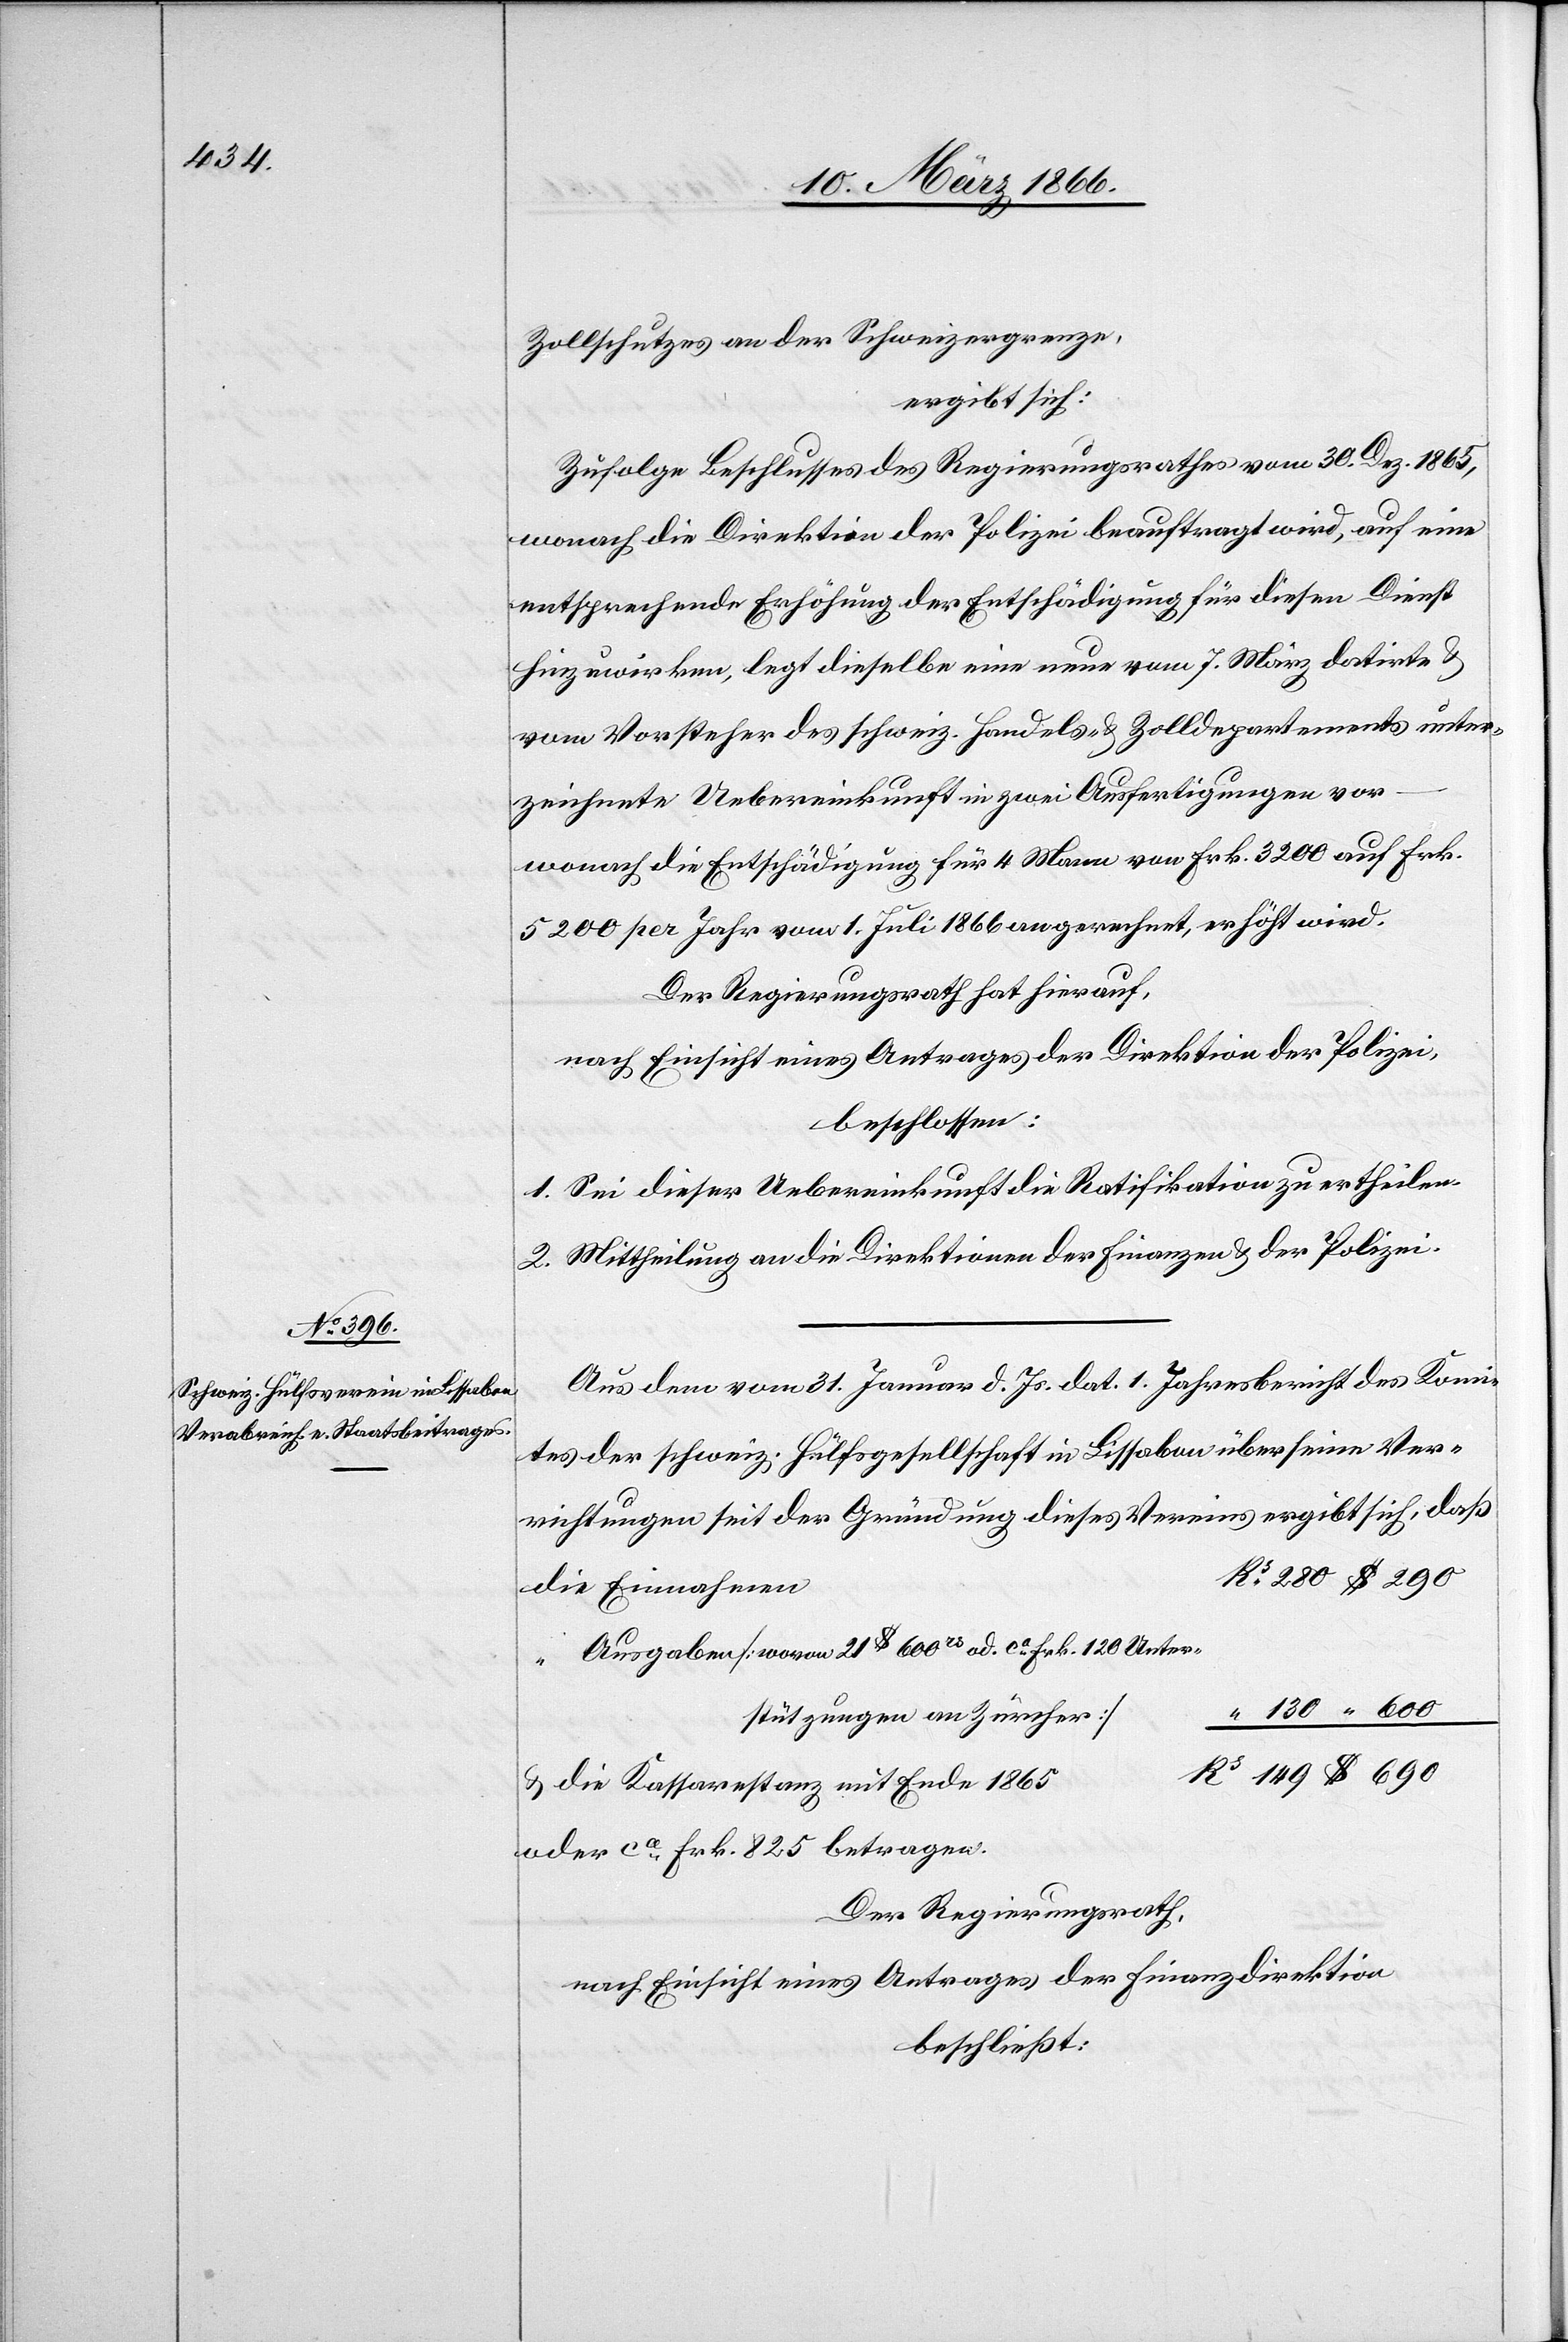
Zollschutzes an der Schweizergrenze,
ergibt sich:
Zufolge Beschlusses des Regierungsrathes vom 30. Dez. 1865,
wonach die Direktion der Polizei beauftragt wird, auf eine
entsprechende Erhöhung der Entschädigung für diesen Dienst
hinzuwirken, legt dieselbe eine neue vom 7. März datirte u.
vom Vorsteher des schweiz. Handels- u. Zolldepartements unter¬
zeichnete Uebereinkunft in zwei Ausfertigungen vor
wonach die Entschädigung für 4 Mann von Frk. 3200 auf Frk.
5200 per Jahr vom 1. Juli 1866 an gerechnet, erhöht wird.
Der Regierungsrath hat hierauf,
nach Einsicht eines Antrages der Direktion der Polizei,
beschlossen:
1. Sei dieser Uebereinkunft die Ratifikation zu ertheilen.
2. Mittheilung an die Direktionen der Finanzen u. der Polizei.
Aus dem vom 31. Januar d. Js. dat. 1. Jahresbericht des Komi¬
tes der schweiz Hülfsgesellschaft in Lissabon über seine Ver¬
richtungen seit der Gründung dieses Vereins ergibt sich, daß
die Einnahmen
Ausgaben [wovon 21 $ 600 rs od. ca. Frk. 120 Unter¬
stützungen an Zürcher]
u. die Kassarestanz mit Ende 1865
oder ca. Frk. 825 betragen.
Der Regierungsrath,
nach Einsicht eines Antrages der Finanzdirektion
beschließt: